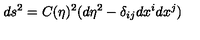
d s ^ { 2 } = C ( \eta ) ^ { 2 } ( d \eta ^ { 2 } - \delta _ { i j } d x ^ { i } d x ^ { j } )